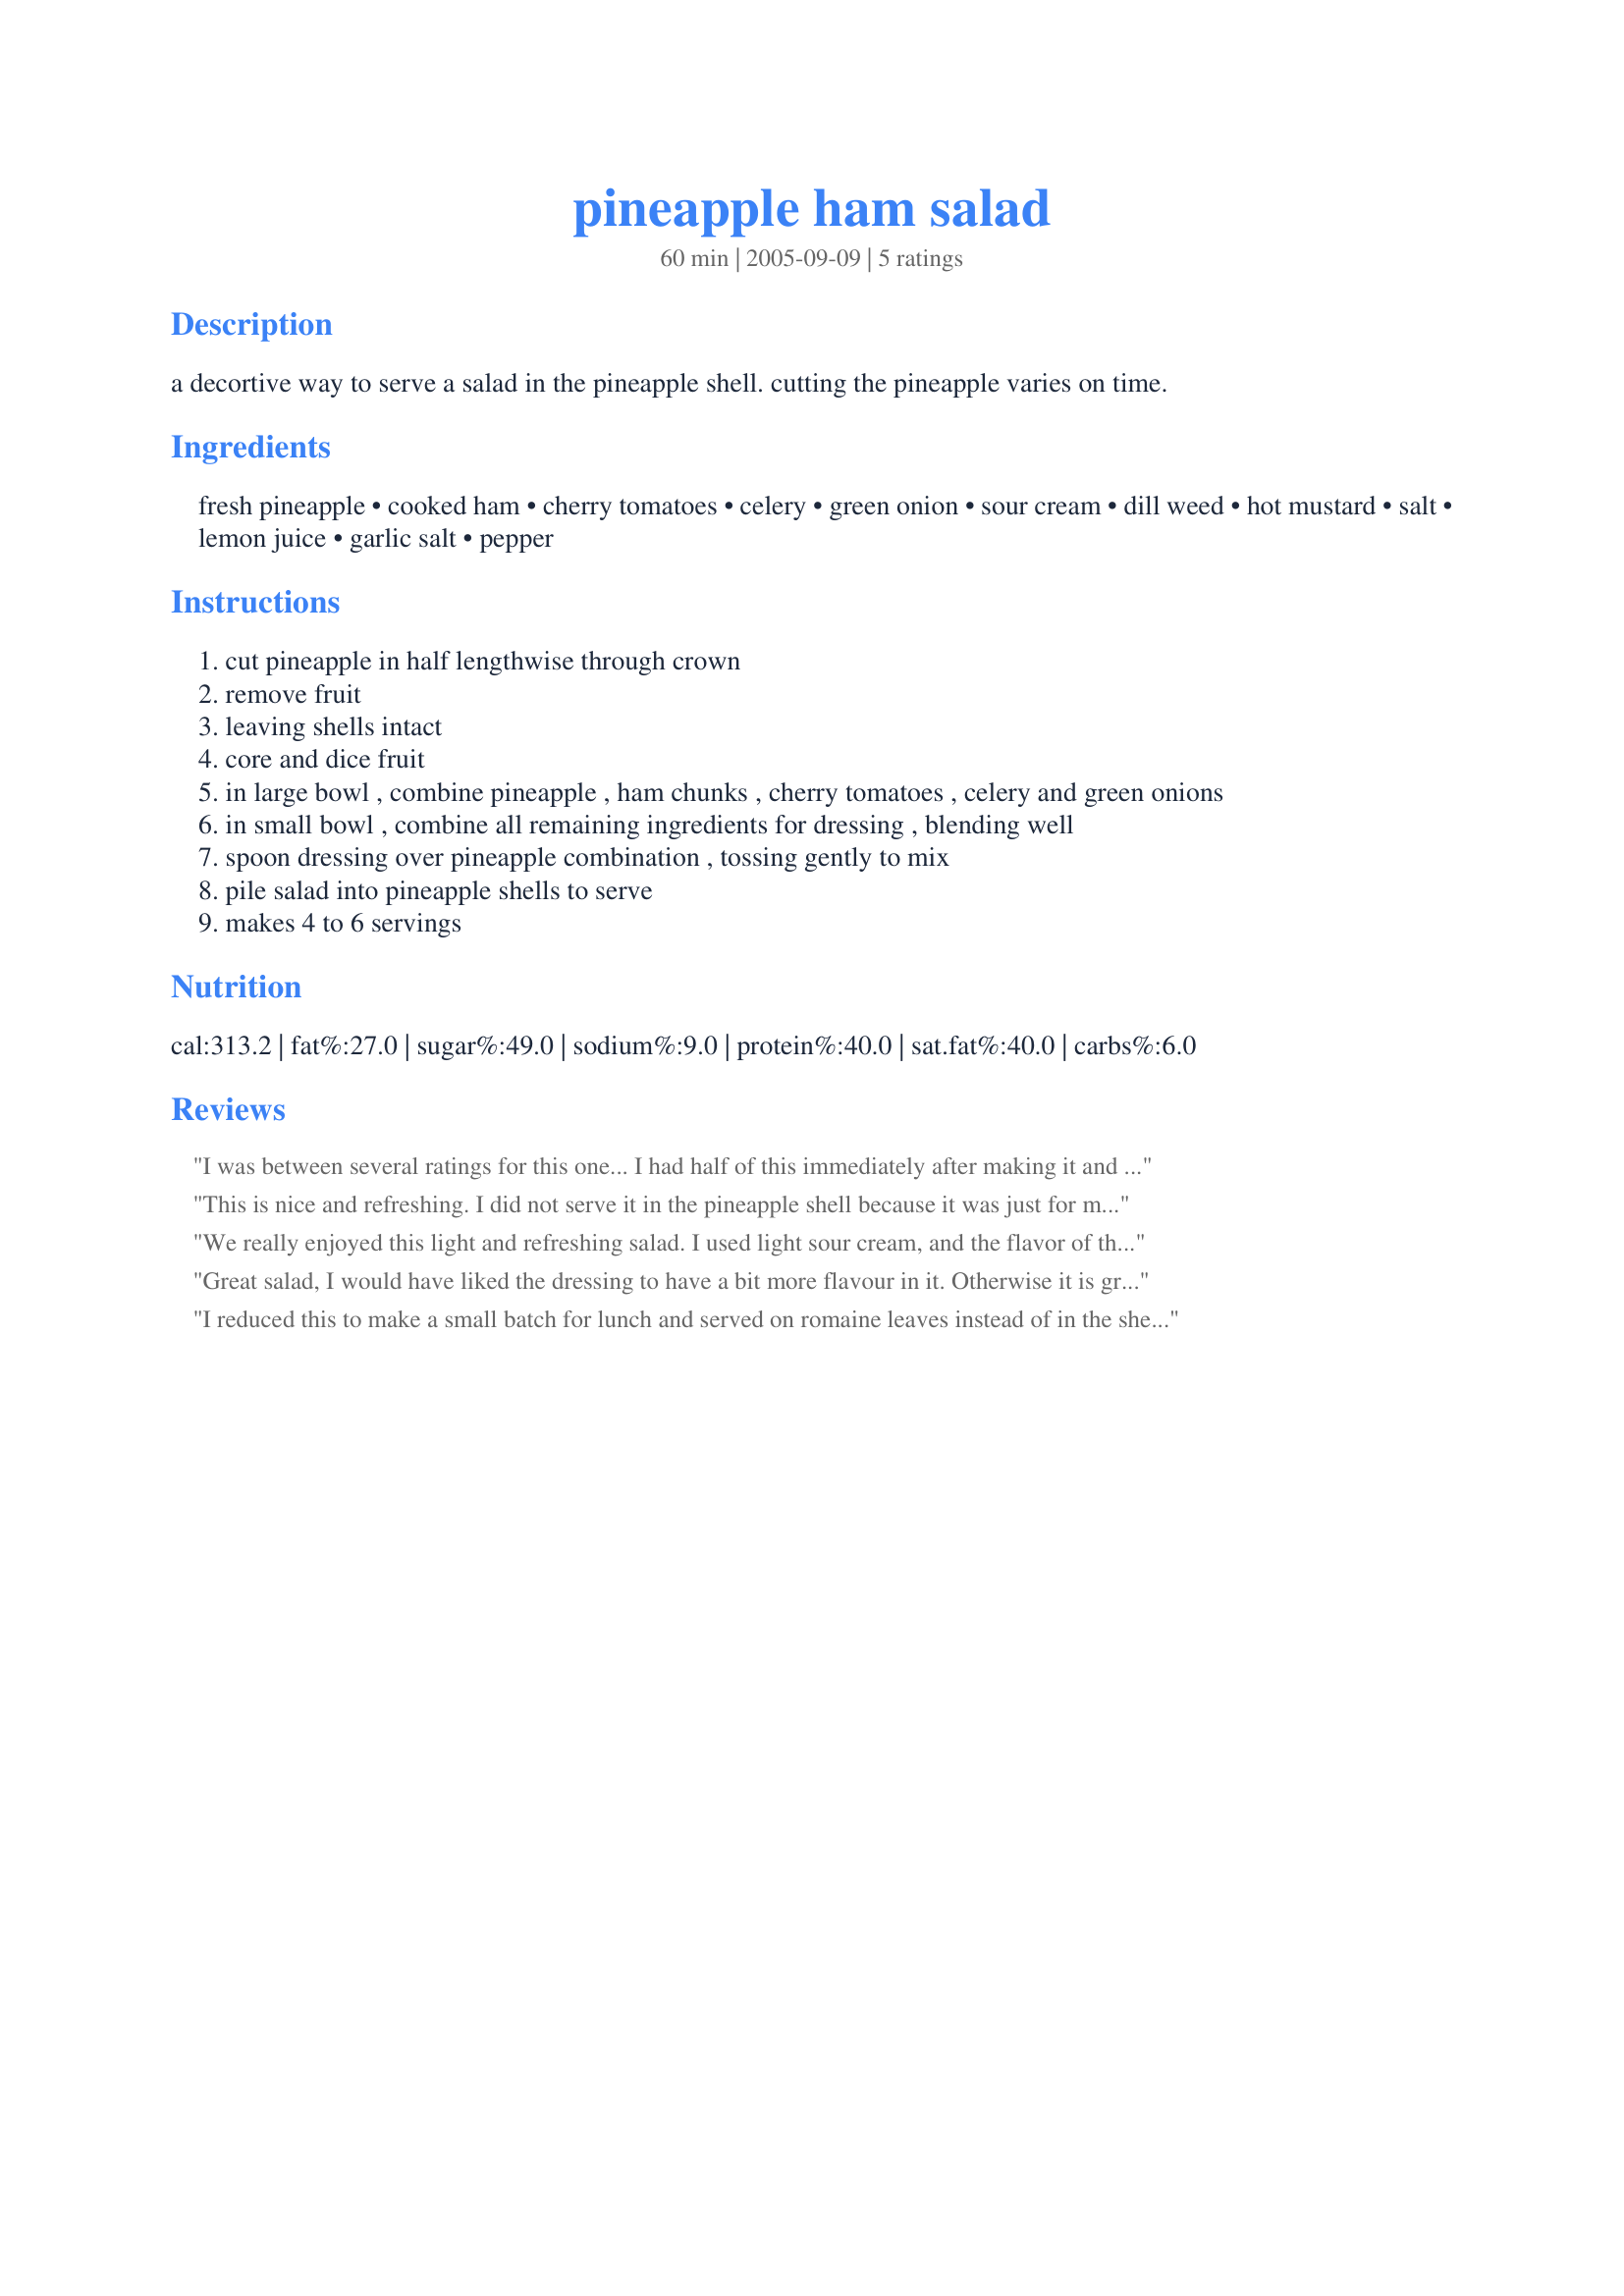
pineapple ham salad
Preparation time: 60 minutes

a decortive way to serve a salad in the pineapple shell.
cutting the pineapple varies on time.

Ingredients:
fresh pineapple, cooked ham, cherry tomatoes, celery, green onion, sour cream, dill weed, hot mustard, salt, lemon juice, garlic salt, pepper

Steps:
cut pineapple in half lengthwise through crown
remove fruit
leaving shells intact
core and dice fruit
in large bowl , combine pineapple , ham chunks , cherry tomatoes , celery and green onions
in small bowl , combine all remaining ingredients for dressing , blending well
spoon dressing over pineapple combination , tossing gently to mix
pile salad into pineapple shells to serve
makes 4 to 6 servings

Reviews:
I was between several ratings for this one... I had half of this immediately after making it and the sour cream jut *made* the dish.. it was delicious. However when I had the rest later I thought that the flavours had changed quite radically and it had a subtle but pronounced sourness that definiately wasn't there before. If I had only had it *only* later I probably would have rated it 2 or 3 stars, and if I had had all of it immediately I might have given it 5. I decided on 4 stars becuase it is excellent if eaten immediately and if I need to make this in advance I will mix everything in except the sour cream and add that diectly before eating. That way I can enjoy it at it's very best. Please see my rating system: 4 stars for a recipe that works very well indeed if you handle it right. Thanks!
This is nice and refreshing. I did not serve it in the pineapple shell because it was just for me and my daughter. This is exactly the kind of thing she loves to eat. We did not have any celery and that would have added a nice crunch, but it was still wonderful. Thanks!
We really enjoyed this light and refreshing salad. I used light sour cream, and the flavor of the dressing was subtle, and blended real well with the ingredients. Very nice, and low fat, too. Thanks for posting a good one, BLUE ROSE.
Great salad, I would have liked the dressing to have a bit more flavour in it. Otherwise it is great. I will make it again, but I'll prbably play around with the dressing. Thanks for posting!
I reduced this to make a small batch for lunch and served on romaine leaves instead of in the shell. It is very attractive, however I would chop my pineapple and ham smaller next time. For some reason I found the cherry tomatoes an odd fit, but that is strictly personal preference. Thank you for sharing your recipe!
